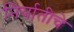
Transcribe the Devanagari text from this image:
निर्यातीचे